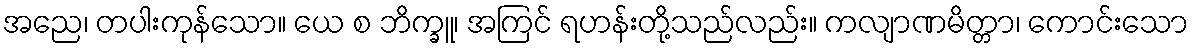
အညေ၊ တပါးကုန်သော။ ယေ စ ဘိက္ခူ၊ အကြင် ရဟန်းတို့သည်လည်း။ ကလျာဏမိတ္တာ၊ ကောင်းသော